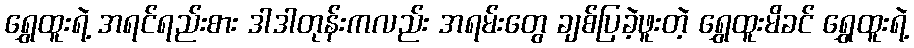
ရွှေထူးရဲ့ အရင်ရည်းစား ဒါဒါတုန်းကလည်း အရမ်းတွေ ချစ်ပြခဲ့ဖူးတဲ့ ရွှေထူးမိခင် ရွှေထူးရဲ့